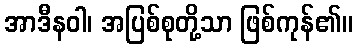
အာဒီနဝါ၊ အပြစ်စုတို့သာ ဖြစ်ကုန်၏။